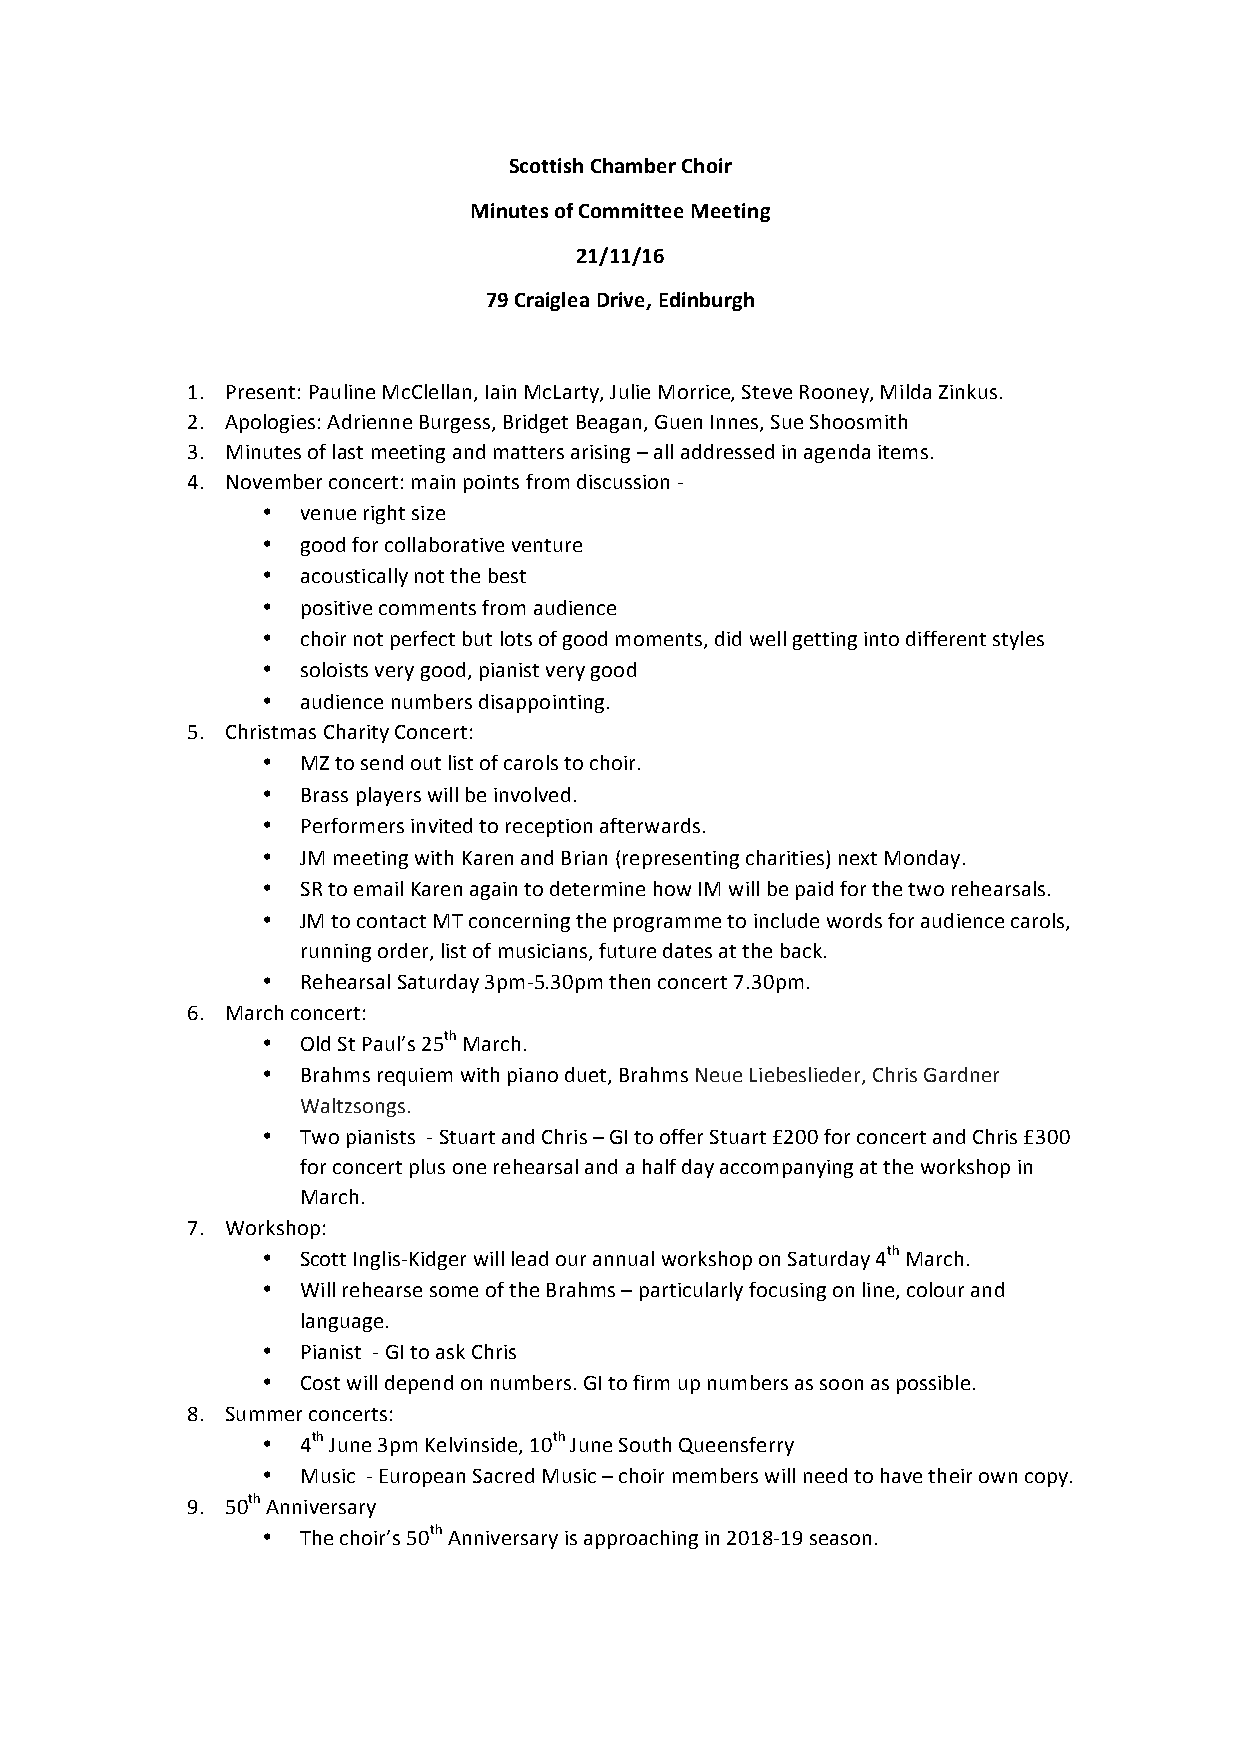
Scottish Chamber Choir
 Minutes of Committee Meeting
 21/11/16
 79 Craiglea Drive, Edinburgh
 1. Present: Pauline McClellan, Iain McLarty, Julie Morrice, Steve Rooney, Milda Zinkus.
 2. Apologies: Adrienne Burgess, Bridget Beagan, Guen Innes, Sue Shoosmith
 3. Minutes of last meeting and matters arising – all addressed in agenda items.
 4. November concert: main points from discussion -­‐
 •  venue right size
 •  good for collaborative venture
 •  acoustically not the best
 •  positive comments from audience
 •  choir not perfect but lots of good moments, did well getting into different styles
 •  soloists very good, pianist very good
 •  audience numbers disappointing.
 5. Christmas Charity Concert:
 •  MZ to send out list of carols to choir.
 •  Brass players will be involved.
 •  Performers invited to reception afterwards.
 •  JM meeting with Karen and Brian (representing charities) next Monday.
 •  SR to email Karen again to determine how IM will be paid for the two rehearsals.
 •  JM to contact MT concerning the programme to include words for audience carols,
 running order, list of musicians, future dates at the back.
 •  Rehearsal Saturday 3pm-­‐5.30pm then concert 7.30pm.
 6. March concert:
 •  Old St Paul’s 25th March.
 •  Brahms requiem with piano duet, Brahms Neue Liebeslieder, Chris Gardner
 Waltzsongs.
 •  Two pianists -­‐ Stuart and Chris – GI to offer Stuart £200 for concert and Chris £300
 for concert plus one rehearsal and a half day accompanying at the workshop in
 March.
 7. Workshop:
 •  Scott Inglis-­‐Kidger will lead our annual workshop on Saturday 4th March.
 •  Will rehearse some of the Brahms – particularly focusing on line, colour and
 language.
 •  Pianist -­‐ GI to ask Chris
 •  Cost will depend on numbers. GI to firm up numbers as soon as possible.
 8. Summer concerts:
 •  4th June 3pm Kelvinside, 10th June South Queensferry
 •  Music -­‐ European Sacred Music – choir members will need to have their own copy.
 9. 50th Anniversary
 •  The choir’s 50th Anniversary is approaching in 2018-­‐19 season.